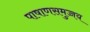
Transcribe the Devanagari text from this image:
पाषाणसमुच्चय